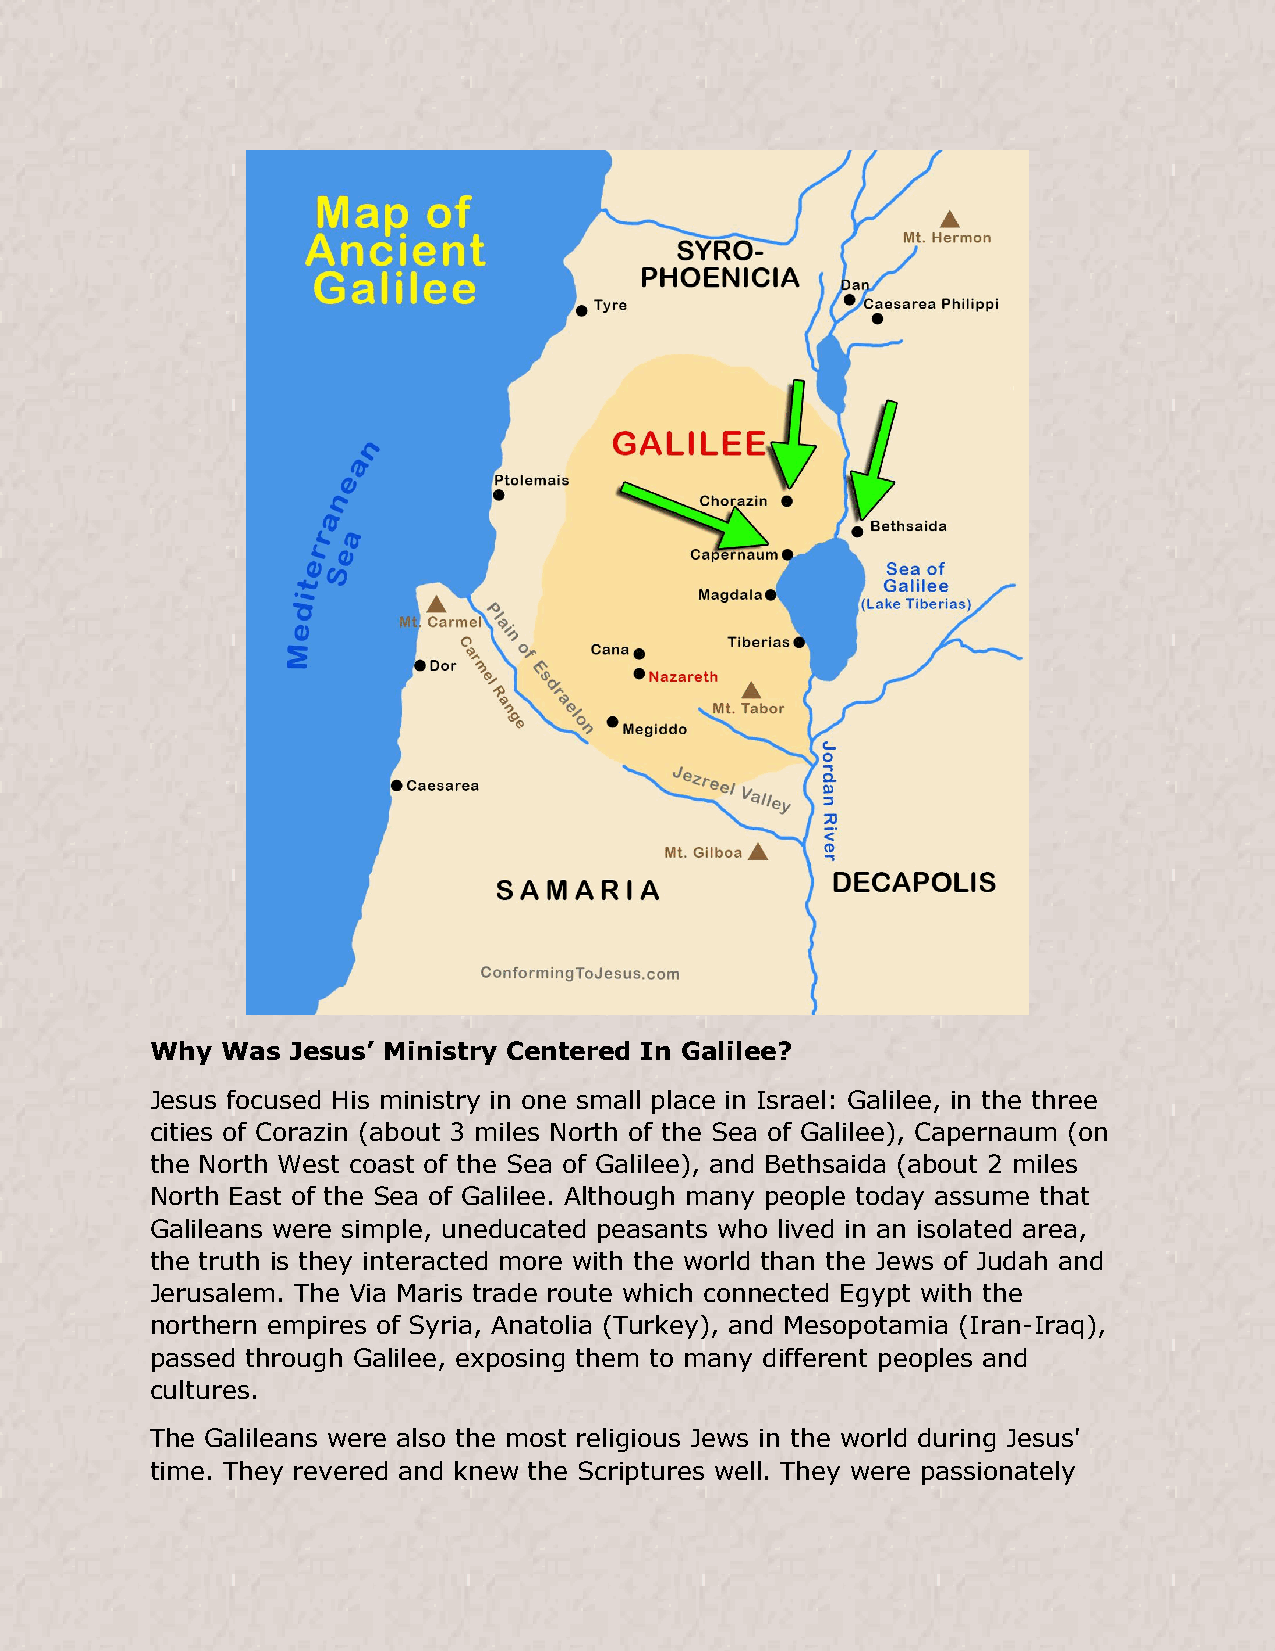
Why  Was Jesus’ Ministry Centered In Galilee?
 Jesus focused His ministry in one small place in Israel: Galilee, in the three
 cities of Corazin (about 3 miles North of the Sea of Galilee), Capernaum (on
 the North West coast of the Sea of Galilee), and Bethsaida (about 2 miles
 North East of the Sea of Galilee. Although many people today assume that
 Galileans were simple, uneducated peasants who lived in an isolated area,
 the truth is they interacted more with the world than the Jews of Judah and
 Jerusalem. The Via Maris trade route which connected Egypt with the
 northern empires of Syria, Anatolia (Turkey), and Mesopotamia (Iran-Iraq),
 passed through Galilee, exposing them to many different peoples and
 cultures.
 The Galileans were also the most religious Jews in the world during Jesus'
 time. They revered and knew the Scriptures well. They were passionately